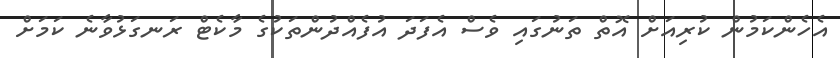
އެހެންކަމުން ކުރިއަށް އޮތް ތަނުގައި ވެސް އެފަދަ އުފެއްދުންތަކުގެ މާކެޓް ރަނގަޅުވާނެ ކަމަށް